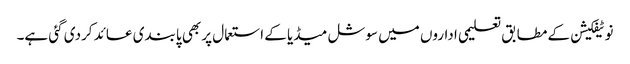
نوٹیفکیشن کے مطابق تعلیمی اداروں میں سوشل میڈیا کے استعمال پر بھی پابندی عائد کردی گئی ہے۔